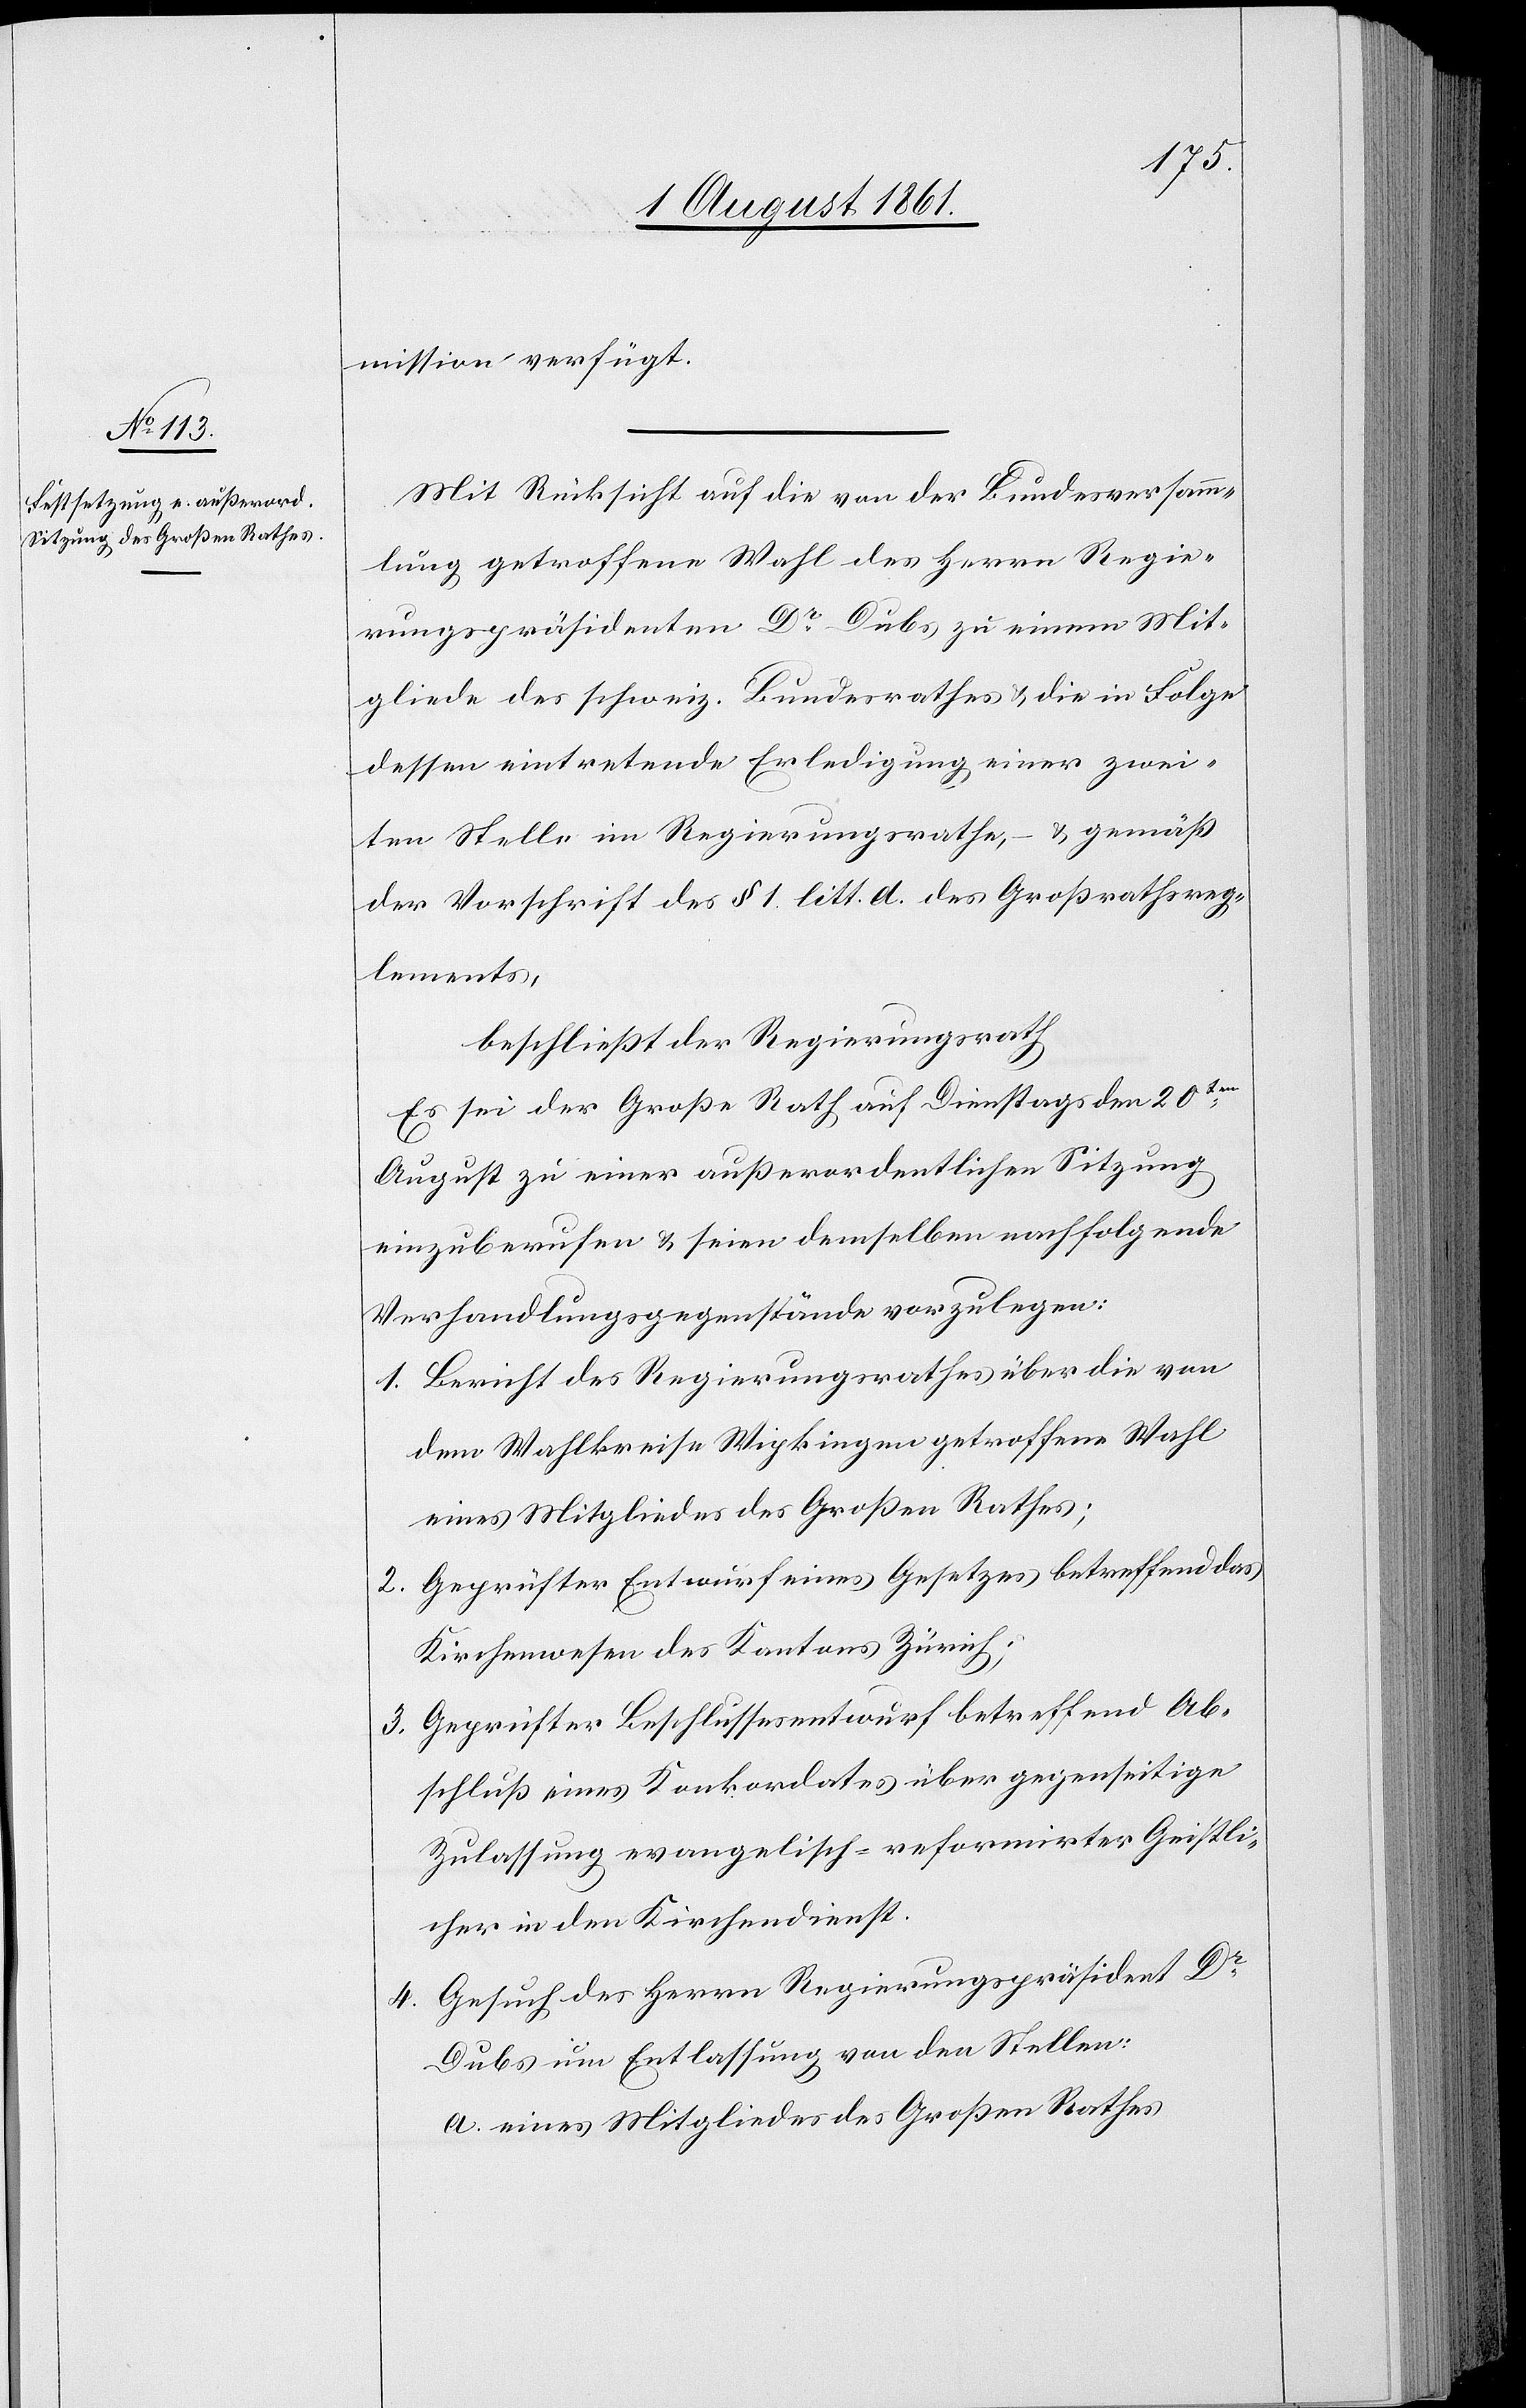
mission verfügt.
Mit Rücksicht auf die von der Bundesversamm¬
lung getroffene Wahl des Herrn Regie¬
rungspräsidenten Dr Dubs zu einem Mit¬
gliede des schweiz. Bundesrathes u. die in Folge
dessen eintretende Erledigung einer zwei¬
ten Stelle im Regierungsrathe, – u. gemäß
der Vorschrift des § 1 litt. a. des Großrathsreg¬
lements,
beschließt der Regierungsrath
Es sei der Große Rath auf Dienstags den 20ten
August zu einer außerordentlichen Sitzung
einzuberufen u. seien demselben nachfolgende
Verhandlungsgegenstände vorzulegen:
1. Bericht des Regierungsrathes über die von
dem Wahlkreise Wipkingen getroffene Wahl
eines Mitgliedes des Großen Rathes;
2. Geprüfter Entwurf eines Gesetzes betreffend das
Kirchenwesen des Kantons Zürich;
3. Geprüfter Beschlussesentwurf betreffend Ab¬
schluß eines Konkordates über gegenseitige
Zulassung evangelisch-reformirter Geistli¬
cher in dem Kirchendienst.
4. Gesuch des Herrn Regierungspräsident Dr
Dubs um Entlassung von den Stellen.
a. eines Mitgliedes des Großen Rathes.